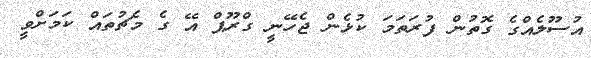
އުސޫލެއްގެ ގޮތުން ފުރަތަމަ ކުޅެން ޖެހޭނީ ގްރޫޕް އޭ ގެ މެޗުތައް ކަމަށްވީ